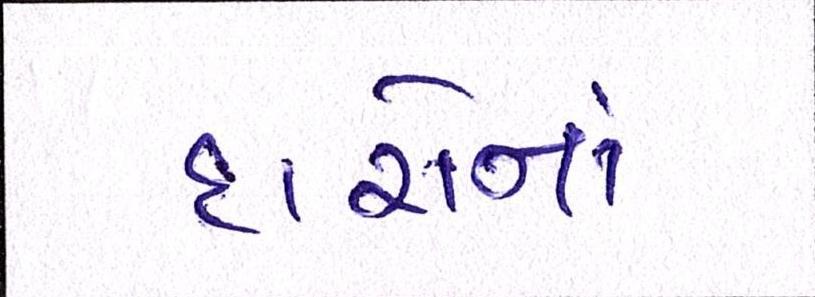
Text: દારોનાં